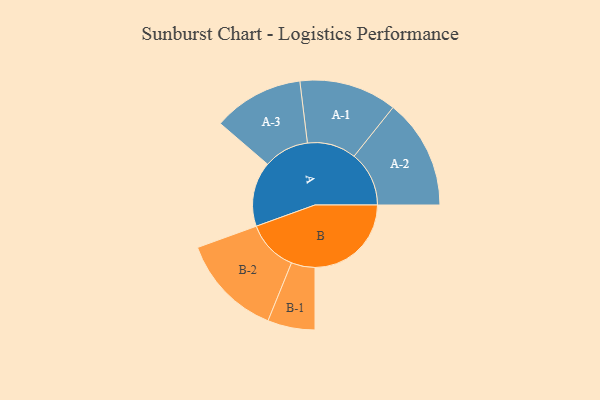
{"axis": {"x": "Segment", "y": "Value"}, "legend": ["", "A", "B"], "data": [{"x": "A", "y": 329, "type": ""}, {"x": "B", "y": 489, "type": ""}, {"x": "A-1", "y": 248, "type": "A"}, {"x": "A-2", "y": 279, "type": "A"}, {"x": "A-3", "y": 230, "type": "A"}, {"x": "B-1", "y": 120, "type": "B"}, {"x": "B-2", "y": 261, "type": "B"}]}